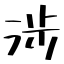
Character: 涉